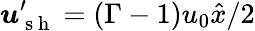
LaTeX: \boldsymbol{u}_{\mathrm{~s~h~}}^{\prime}=\left(\Gamma-1\right)u_{0}\hat{x}/2